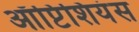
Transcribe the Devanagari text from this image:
ऑप्टिशियंस